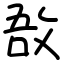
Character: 敔